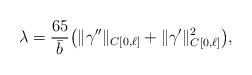
LaTeX: \begin{align*}\lambda = \frac{65}{\bar b} \big(\Vert\gamma''\Vert_{C[0,\ell]} +\Vert\gamma'\Vert_{C[0,\ell]}^2\big),\end{align*}